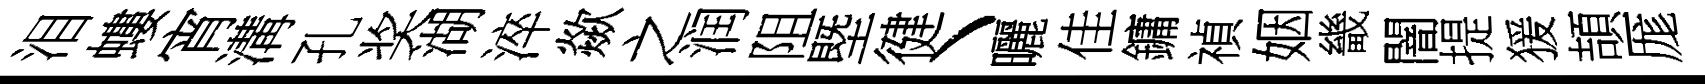
泪螻宵溝孔奖湖淬歘之润阻塈徤丶曬佳鏞禎姻畿闇提猨頡厖